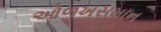
ઓળખસમાન